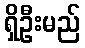
ရှိဦးမည်